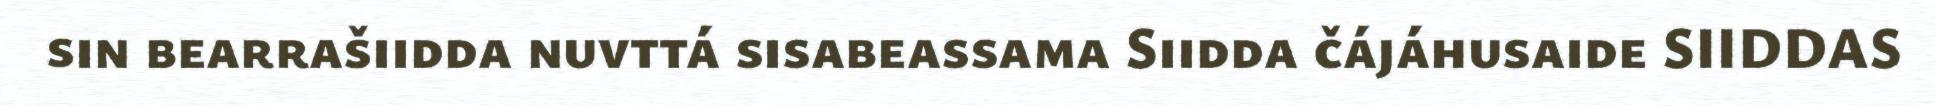
sin bearrašiidda nuvttá sisabeassama Siidda čájáhusaide SIIDDAS